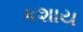
કશાય